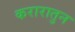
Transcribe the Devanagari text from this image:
करारातुन